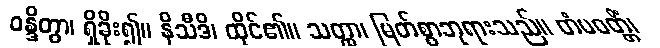
ဝန္ဒိတွာ၊ ရှိခိုး၍။ နိသီဒိ၊ ထိုင်၏။ သတ္ထာ၊ မြတ်စွာဘုရားသည်။ တံပဝတ္တိံ၊